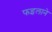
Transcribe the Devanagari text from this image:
फइलाने